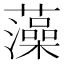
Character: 藻